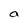
Character: a